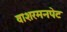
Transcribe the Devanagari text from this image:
वाशरमनपेट